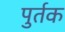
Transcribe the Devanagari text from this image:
पुर्तक